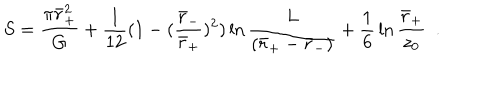
S = { \frac { \pi \bar { r } _ { + } ^ { 2 } } { G } } + { \frac { 1 } { 1 2 } } ( 1 - ( { \frac { \bar { r } _ { - } } { \bar { r } _ { + } } } ) ^ { 2 } ) \ln { \frac { L } { ( \bar { r } _ { + } - \bar { r } _ { - } ) } } + { \frac { 1 } { 6 } } \ln { \frac { \bar { r } _ { + } } { z _ { 0 } } } ~ ~ .